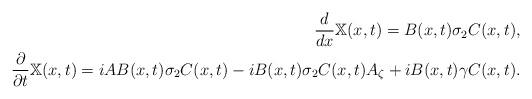
LaTeX: \begin{align*} \frac{d}{dx} \mathbb X(x,t) = B(x,t) \sigma_2 C(x,t), \\ \dfrac{\partial}{\partial t} \mathbb X(x,t) = i A B(x,t) \sigma_2 C(x,t) - i B(x,t)\sigma_2 C(x,t) A_\zeta + iB(x,t) \gamma C(x,t).\end{align*}